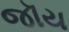
જૉય